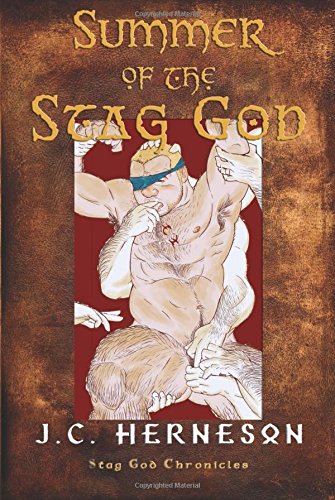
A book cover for Summer of the Stag God; J.C. Herneson; Romance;